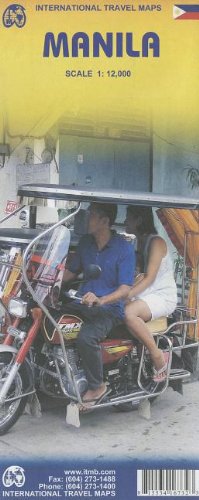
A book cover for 1. Manila (Phillipines)Travel Reference Map 1:12,000 (International Travel Maps); International Travel maps; Travel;